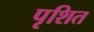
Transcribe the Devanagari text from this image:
पृशित